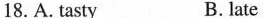
18.A.tasty B. late